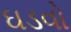
ઘડવો